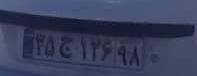
۳۵ج۱۲۶۹۸